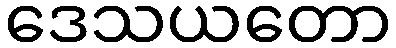
ဒေသယတော